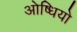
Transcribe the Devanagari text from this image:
ओष्धियो